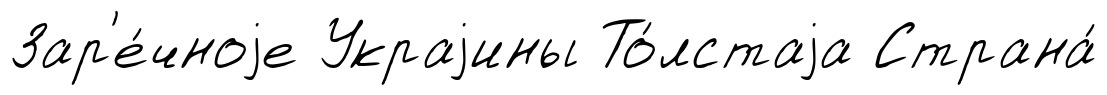
Зар'е́чноjе Украjины То́лстаjа Страна́